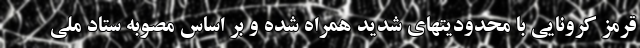
قرمز کرونایی با محدودیتهای شدید همراه شده و بر اساس مصوبه ستاد ملی